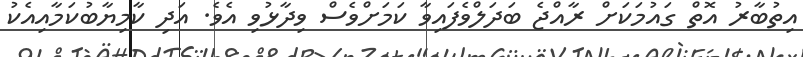
އިތުބާރު އޮތް ގައުމަކަށް ރާއްޖެ ބަދަލްވެފައިވާ ކަމަށްވެސް ވިދާޅުވި އެވެ. އަދި ކާމިޔާބުކަމާއިއެކު